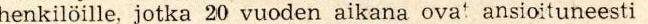
henkilöille, jotka 20 vuoden aikana ovat ansioituneesti